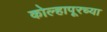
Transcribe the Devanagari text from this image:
कोल्हापूरच्‍या